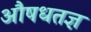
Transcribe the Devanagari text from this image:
औषधतज्ञ